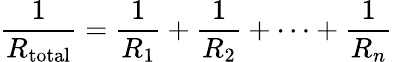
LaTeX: {\frac{1}{R_{\mathrm{total}}}}={\frac{1}{R_{1}}}+{\frac{1}{R_{2}}}+\cdots+{\frac{1}{R_{n}}}